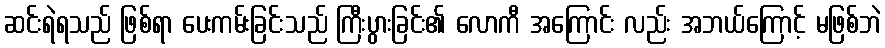
ဆင်းရဲရသည် ဖြစ်ရာ ပေးကမ်းခြင်းသည် ကြီးပွားခြင်း၏ လောကီ အကြောင်း လည်း အဘယ်ကြောင့် မဖြစ်ဘဲ